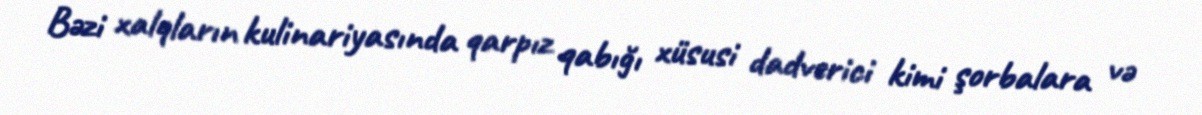
Bəzi xalqların kulinariyasında qarpız qabığı xüsusi dadverici kimi şorbalara və